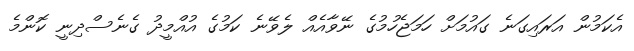
އެކަމުން އަރައިގަނެ ގައުމަށް ހަމަޖެހުމުގެ ނޭވާއެއް ލެވޭނެ ކަމުގެ އުއްމީދު ގެނެސްދިނީ ކޮންމެ